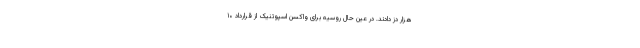
هزار دُز دادند. در عین حال روسیه برای واکسن اسپوتنیک از قرارداد ۱۰